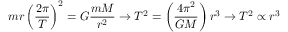
m r \left( { \frac { 2 \pi } { T } } \right) ^ { 2 } = G { \frac { m M } { r ^ { 2 } } } \rightarrow T ^ { 2 } = \left( { \frac { 4 \pi ^ { 2 } } { G M } } \right) r ^ { 3 } \rightarrow T ^ { 2 } \propto r ^ { 3 }